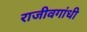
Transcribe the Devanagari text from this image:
राजीवगांधी